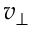
v _ { \perp }